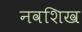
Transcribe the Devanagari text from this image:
नवशिख